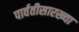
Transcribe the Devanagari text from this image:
पार्वतीसारख्या